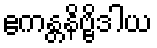
ဧကန္တနိဗ္ဗိဒါယ